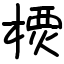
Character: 樮